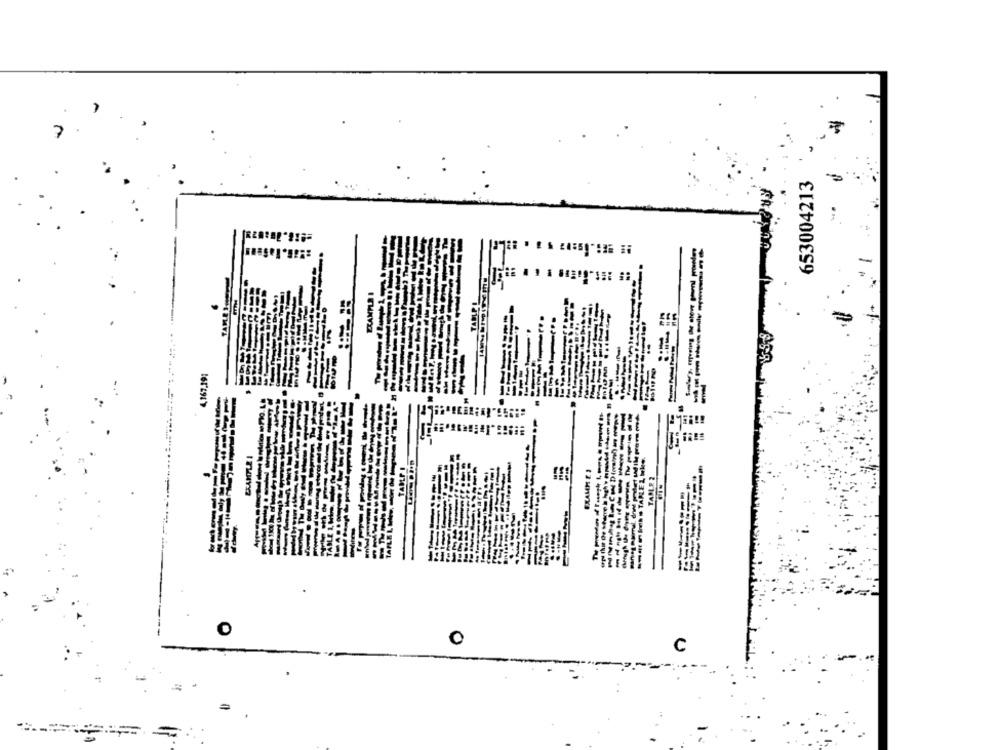
653004213
EXAMPLE I
TADLP I
4,167.19:
T
TAPPI
EXAMM E A
---
TABLE 2
O
0
C